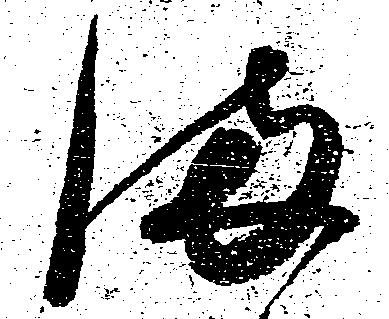
満